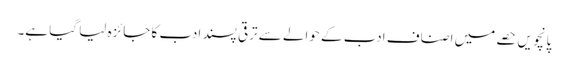
پانچویں حصے میں اصناف ادب کے حوالے سے ترقی پسند ادب کا جائزہ لیا گیا ہے۔